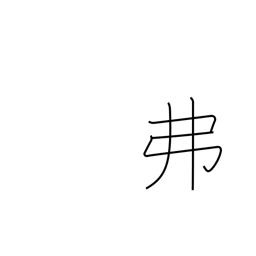
Meaning: dollar